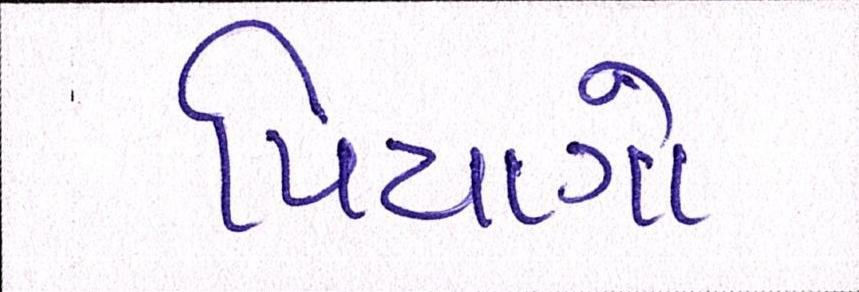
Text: પિયાગો